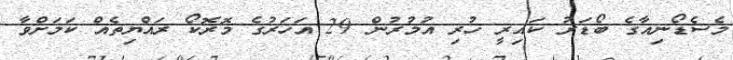
މެސެޑޯނިއާގެ ބޯޑަރު ކައިރީ ހުރި އުމުރުން 29 އަހަރުގެ މޮރޮކޯ ރައްޔިތެއް ކަމަށްވާ